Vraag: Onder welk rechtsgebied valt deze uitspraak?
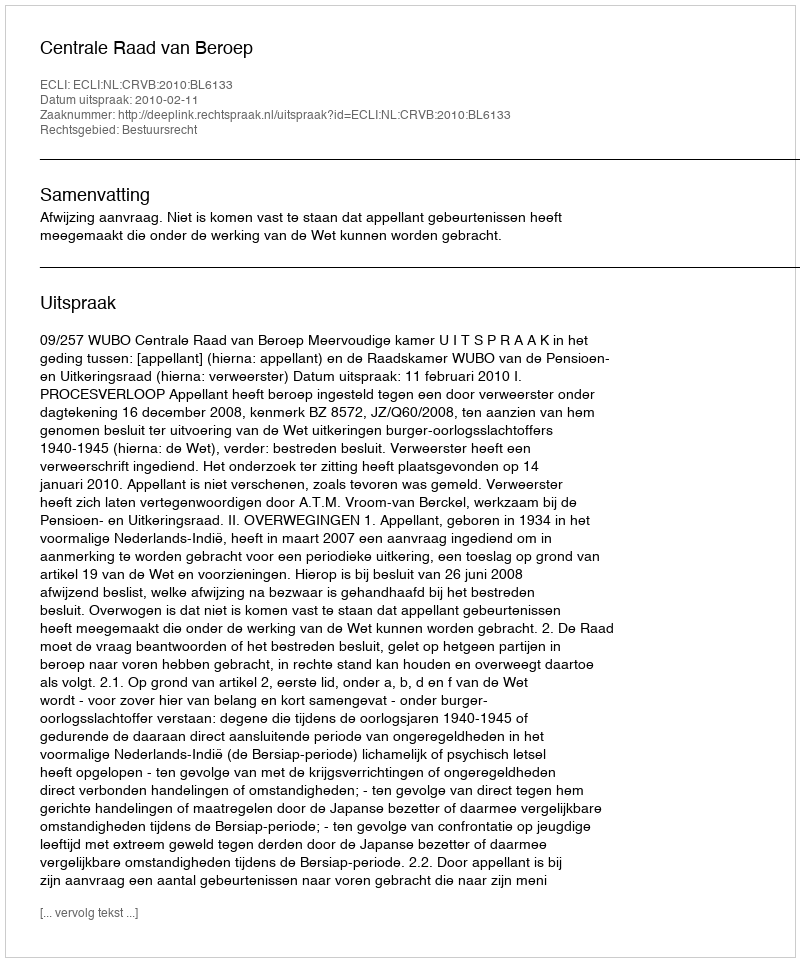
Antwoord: Bestuursrecht